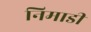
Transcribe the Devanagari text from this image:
निमाडी